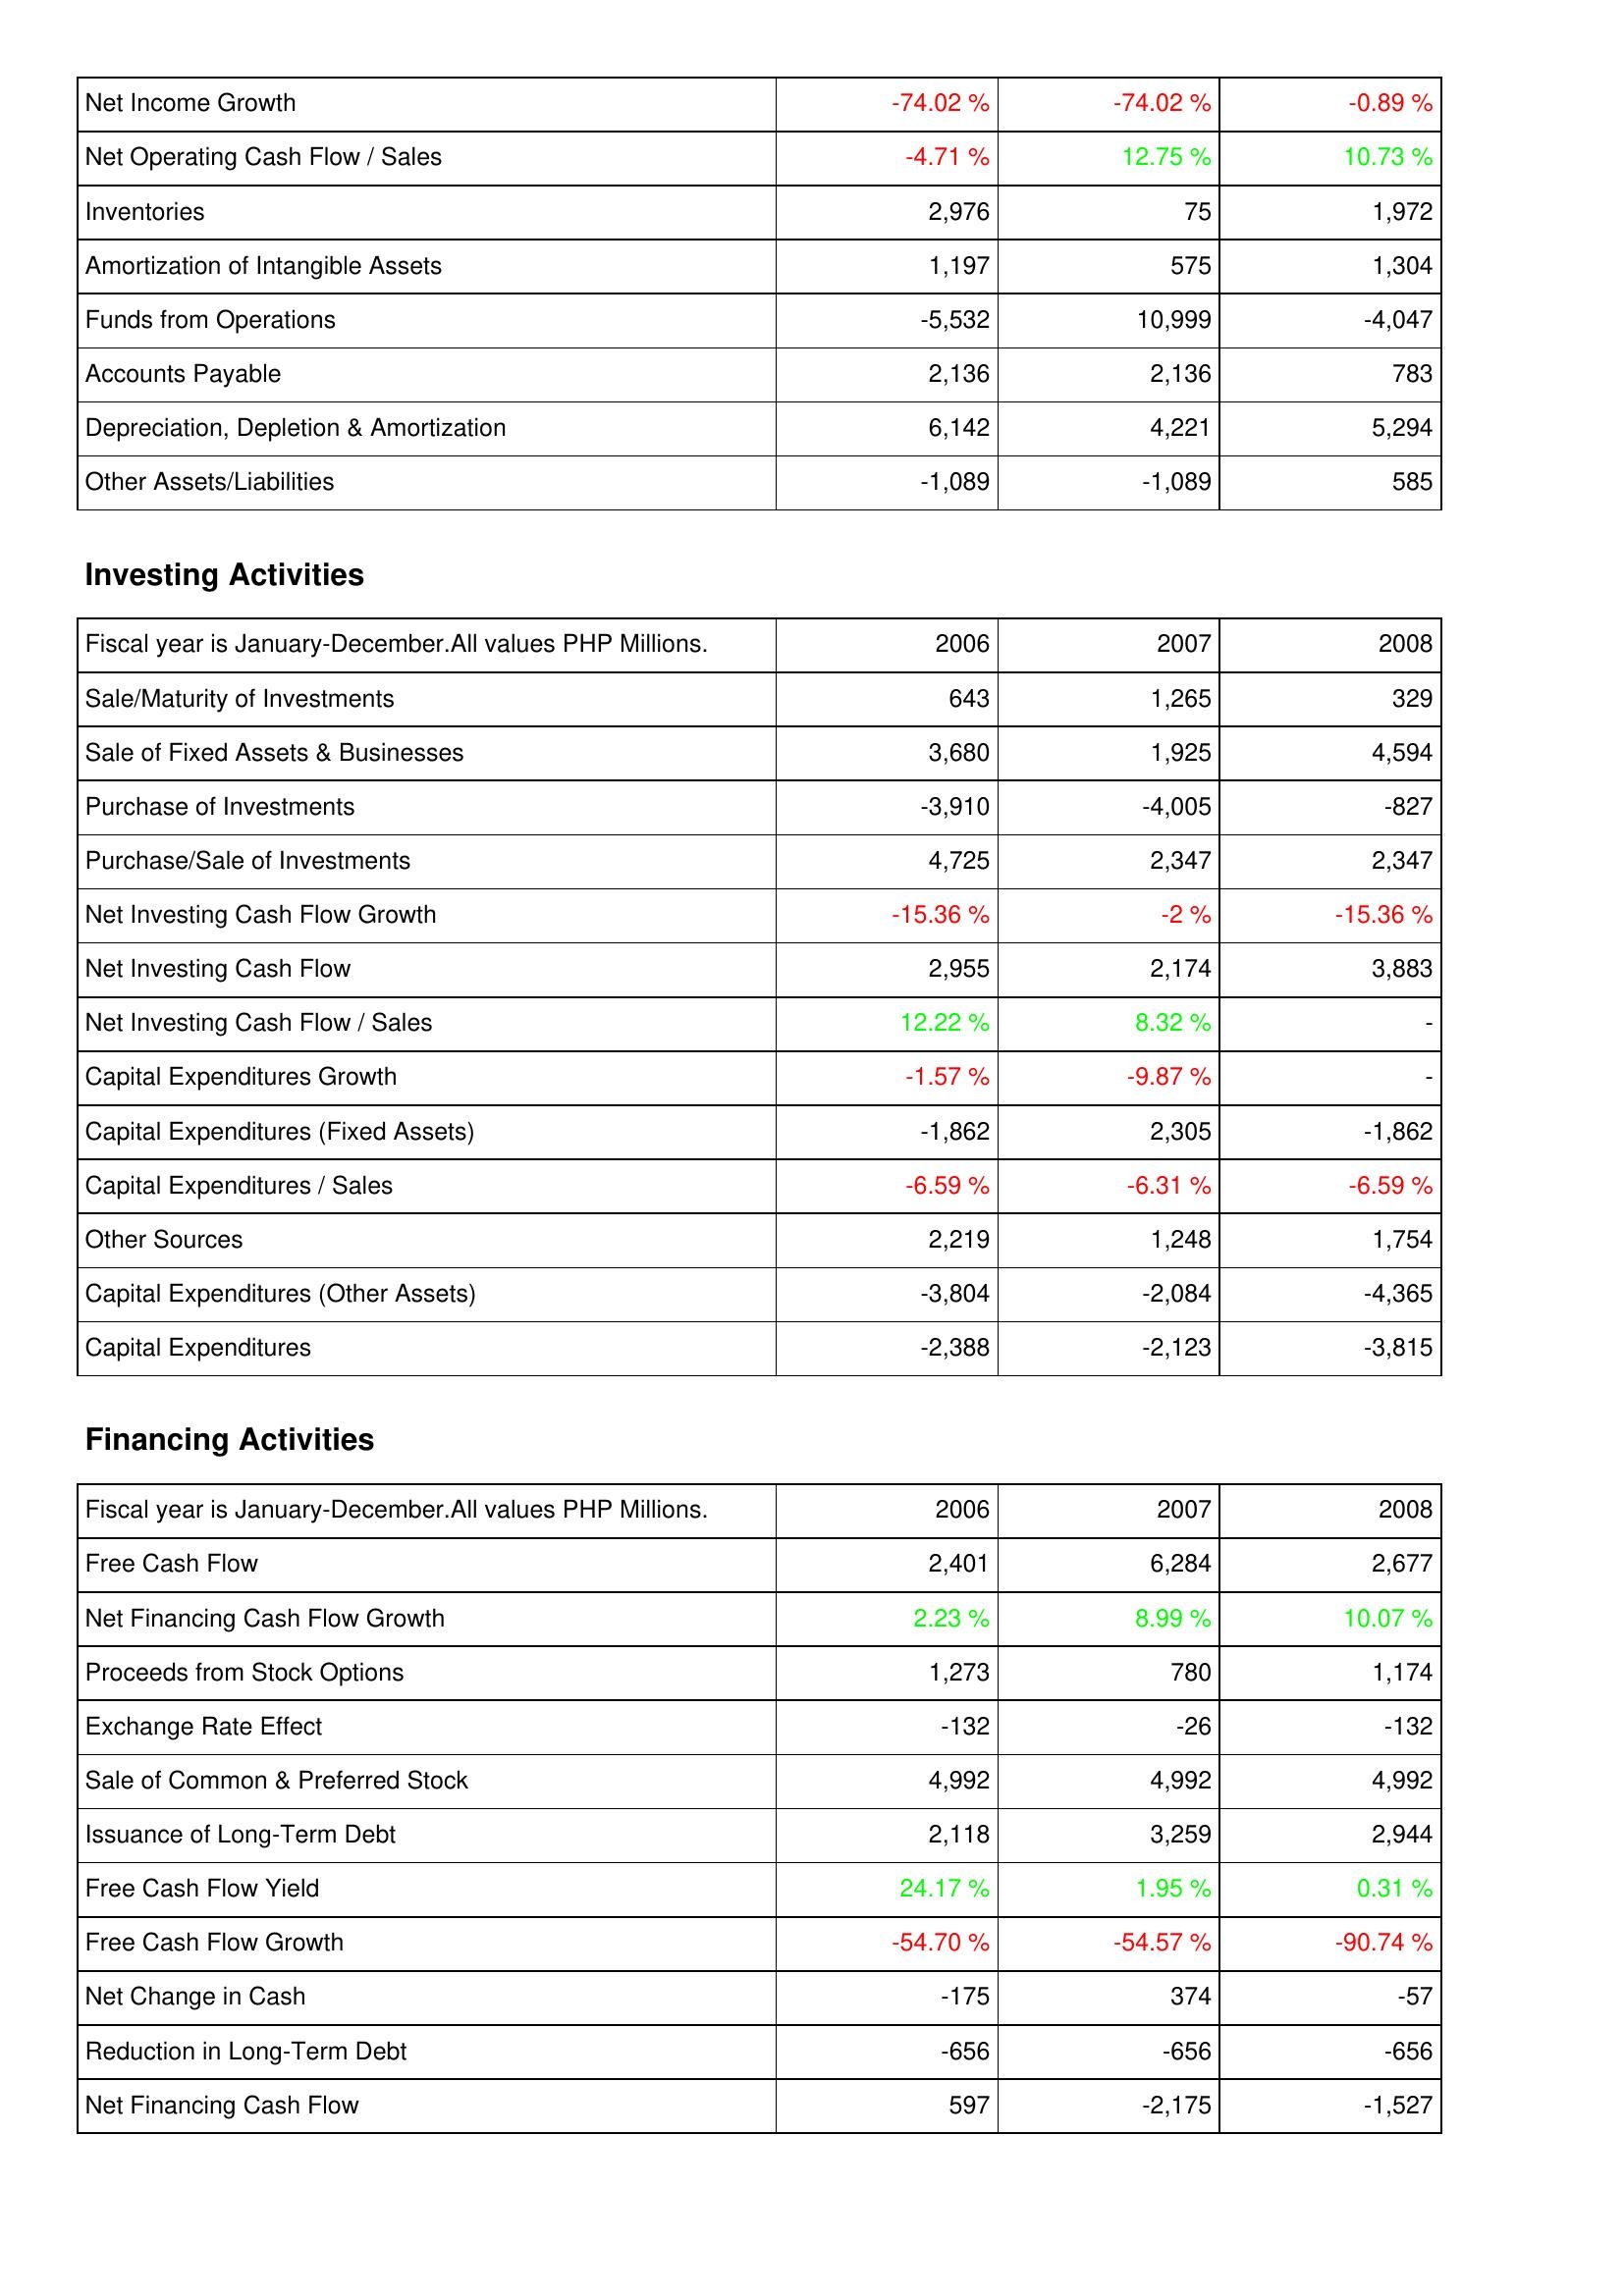
2006: Operating Activities: Net Income Growth: -74.02 %
Net Operating Cash Flow / Sales: -4.71 %
Inventories: 2,976
Amortization of Intangible Assets: 1,197
Funds from Operations: -5,532
Accounts Payable: 2,136
Depreciation, Depletion & Amortization: 6,142
Other Assets/Liabilities: -1,089
Investing Activities: Sale/Maturity of Investments: 643
Sale of Fixed Assets & Businesses: 3,680
Purchase of Investments: -3,910
Purchase/Sale of Investments: 4,725
Net Investing Cash Flow Growth: -15.36 %
Net Investing Cash Flow: 2,955
Net Investing Cash Flow / Sales: 12.22 %
Capital Expenditures Growth: -1.57 %
Capital Expenditures (Fixed Assets): -1,862
Capital Expenditures / Sales: -6.59 %
Other Sources: 2,219
Capital Expenditures (Other Assets): -3,804
Capital Expenditures: -2,388
Financing Activities: Free Cash Flow: 2,401
Net Financing Cash Flow Growth: 2.23 %
Proceeds from Stock Options: 1,273
Exchange Rate Effect: -132
Sale of Common & Preferred Stock: 4,992
Issuance of Long-Term Debt: 2,118
Free Cash Flow Yield: 24.17 %
Free Cash Flow Growth: -54.70 %
Net Change in Cash: -175
Reduction in Long-Term Debt: -656
Net Financing Cash Flow: 597
2007: Operating Activities: Net Income Growth: -74.02 %
Net Operating Cash Flow / Sales: 12.75 %
Inventories: 75
Amortization of Intangible Assets: 575
Funds from Operations: 10,999
Accounts Payable: 2,136
Depreciation, Depletion & Amortization: 4,221
Other Assets/Liabilities: -1,089
Investing Activities: Sale/Maturity of Investments: 1,265
Sale of Fixed Assets & Businesses: 1,925
Purchase of Investments: -4,005
Purchase/Sale of Investments: 2,347
Net Investing Cash Flow Growth: -2 %
Net Investing Cash Flow: 2,174
Net Investing Cash Flow / Sales: 8.32 %
Capital Expenditures Growth: -9.87 %
Capital Expenditures (Fixed Assets): 2,305
Capital Expenditures / Sales: -6.31 %
Other Sources: 1,248
Capital Expenditures (Other Assets): -2,084
Capital Expenditures: -2,123
Financing Activities: Free Cash Flow: 6,284
Net Financing Cash Flow Growth: 8.99 %
Proceeds from Stock Options: 780
Exchange Rate Effect: -26
Sale of Common & Preferred Stock: 4,992
Issuance of Long-Term Debt: 3,259
Free Cash Flow Yield: 1.95 %
Free Cash Flow Growth: -54.57 %
Net Change in Cash: 374
Reduction in Long-Term Debt: -656
Net Financing Cash Flow: -2,175
2008: Operating Activities: Net Income Growth: -0.89 %
Net Operating Cash Flow / Sales: 10.73 %
Inventories: 1,972
Amortization of Intangible Assets: 1,304
Funds from Operations: -4,047
Accounts Payable: 783
Depreciation, Depletion & Amortization: 5,294
Other Assets/Liabilities: 585
Investing Activities: Sale/Maturity of Investments: 329
Sale of Fixed Assets & Businesses: 4,594
Purchase of Investments: -827
Purchase/Sale of Investments: 2,347
Net Investing Cash Flow Growth: -15.36 %
Net Investing Cash Flow: 3,883
Net Investing Cash Flow / Sales: -
Capital Expenditures Growth: -
Capital Expenditures (Fixed Assets): -1,862
Capital Expenditures / Sales: -6.59 %
Other Sources: 1,754
Capital Expenditures (Other Assets): -4,365
Capital Expenditures: -3,815
Financing Activities: Free Cash Flow: 2,677
Net Financing Cash Flow Growth: 10.07 %
Proceeds from Stock Options: 1,174
Exchange Rate Effect: -132
Sale of Common & Preferred Stock: 4,992
Issuance of Long-Term Debt: 2,944
Free Cash Flow Yield: 0.31 %
Free Cash Flow Growth: -90.74 %
Net Change in Cash: -57
Reduction in Long-Term Debt: -656
Net Financing Cash Flow: -1,527